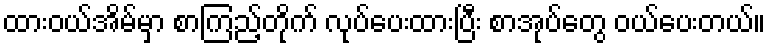
ထားဝယ်အိမ်မှာ စာကြည့်တိုက် လုပ်ပေးထားပြီး စာအုပ်တွေ ဝယ်ပေးတယ်။